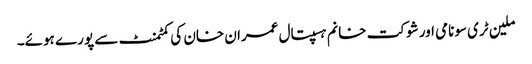
ملین ٹری سونامی اور شوکت خانم ہسپتال عمران خان کی کمٹمنٹ سے پورے ہوئے۔